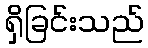
ရှိခြင်းသည်